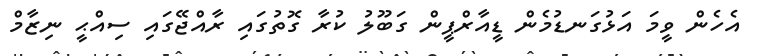
އެހެން ވީމަ އަޅުގަނޑުމެން ޑީއާރްޕީން ގަބޫލު ކުރާ ގޮތުގައި ރާއްޖޭގައި ސިއްޙީ ނިޒާމް